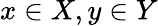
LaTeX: x\in X,y\in Y